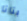
بتاتا